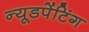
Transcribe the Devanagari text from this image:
न्यूडपेंटिंग